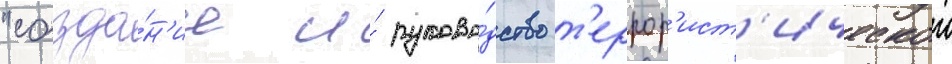
"созда́н'ие и́ руково́дство т'еррор'ист'ическои